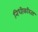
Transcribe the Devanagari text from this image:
निधीकरिता